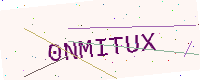
Text: 0NMITUX